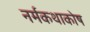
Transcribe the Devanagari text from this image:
नर्मकथाकोष